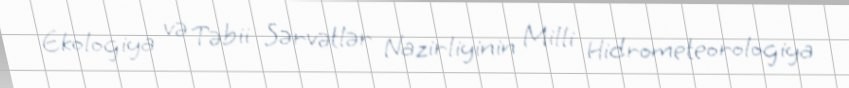
Ekologiya və Təbii Sərvətlər Nazirliyinin Milli Hidrometeorologiya